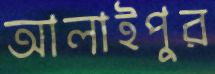
আলাইপুর